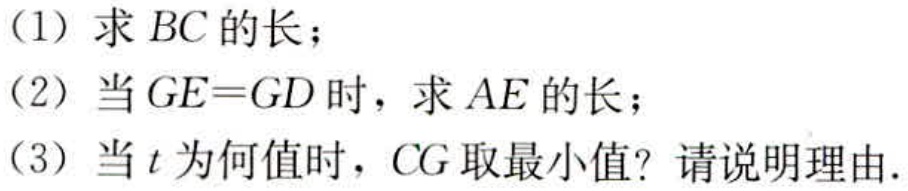
(1) 求 \(BC\) 的长；

(2) 当 \(GE = GD\) 时，求 \(AE\) 的长；

(3) 当 \(t\) 为何值时，\(CG\) 取最小值？请说明理由.